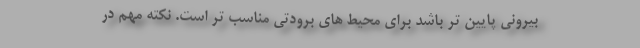
بیرونی پایین تر باشد برای محیط های برودتی مناسب تر است. نکته مهم در